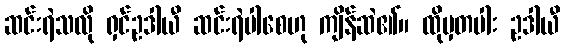
ဆင်းရဲသလို ရှင်ဥဒါယီ ဆင်းရဲပါစေဟု ကျိန်ဆဲ၏။ ထိုမှတပါး ဥဒါယီ